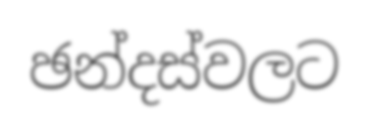
ඡන්දස්වලට